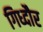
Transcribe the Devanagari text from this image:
गिध्दौर